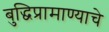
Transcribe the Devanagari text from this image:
बुद्धिप्रामाण्याचे